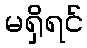
မရှိရင်